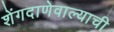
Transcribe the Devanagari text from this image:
शेंगदाणेवाल्याची